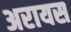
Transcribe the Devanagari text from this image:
अरायस